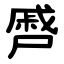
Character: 㞝